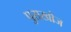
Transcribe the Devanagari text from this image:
पुराखोज